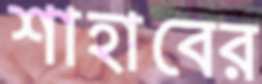
শাহাবের